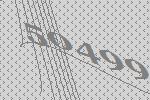
50499